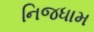
નિજધામ